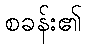
စခန်း၏